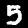
Digit: 5